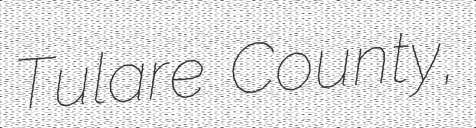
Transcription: Tulare County,